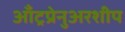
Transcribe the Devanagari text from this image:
आँट्रप्रेनुअरशीप